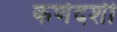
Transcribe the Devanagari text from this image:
कर्णदर्शी